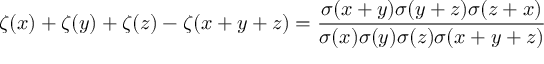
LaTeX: \zeta ( x ) + \zeta ( y ) + \zeta ( z ) - \zeta ( x + y + z ) = { \frac { \sigma ( x + y ) \sigma ( y + z ) \sigma ( z + x ) } { \sigma ( x ) \sigma ( y ) \sigma ( z ) \sigma ( x + y + z ) } }